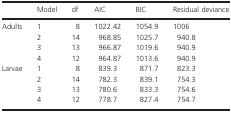
|  | Model | df | AIC | BIC | Residual deviance |
 | --- | --- | --- | --- | --- | --- |
 | <ROWSPAN=4> Adults | 1 | 8 | 1022.42 | 1054.9 | 1006 |
 | 2 | 14 | 968.85 | 1025.7 | 940.8 |
 | 3 | 13 | 966.87 | 1019.6 | 940.9 |
 | 4 | 12 | 964.87 | 1013.6 | 940.9 |
 | <ROWSPAN=4> Larvae | 1 | 8 | 839.3 | 871.7 | 823.3 |
 | 2 | 14 | 782.3 | 839.1 | 754.3 |
 | 3 | 13 | 780.6 | 833.3 | 754.6 |
 | 4 | 12 | 778.7 | 827.4 | 754.7 |